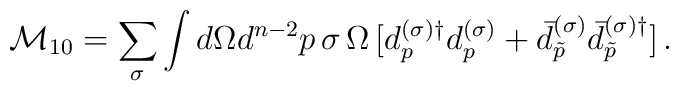
{\cal M}_{10}=  \sum_{\sigma} \int d\Omega d^{n-2} p\,\sigma\, \Omega \,[ d_p^{(\sigma) \dagger} d_p^{(\sigma)} + \bar{d}_{\tilde{p}}^{(\sigma)} \bar{d}_{\tilde{p}}^{(\sigma)\dagger}]\,{.}